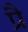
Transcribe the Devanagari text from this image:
प्रै